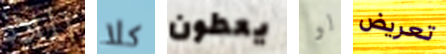
الملاذ كلا يعطون لو تعريض